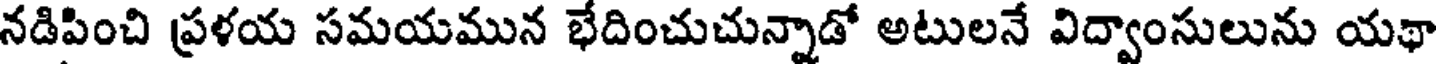
నడిపించి ప్రళయ సమయమున భేదించుచున్నాడో అటులనే విద్వాంసులును యథా